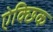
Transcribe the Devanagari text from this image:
ऐक्छिक